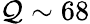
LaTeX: \mathcal{Q}\sim68